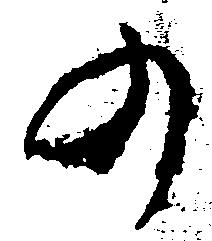
の